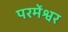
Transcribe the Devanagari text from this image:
परमेंश्वर